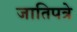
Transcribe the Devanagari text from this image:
जातिपत्रे